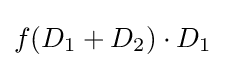
f(D_{1}+D_{2})\cdot D_{1}